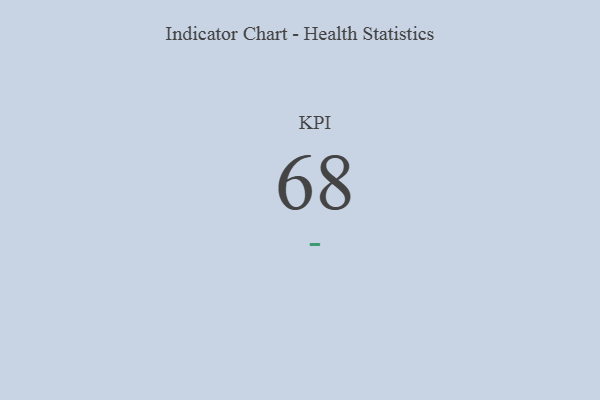
{"axis": {"x": "KPI", "y": "Value"}, "legend": [""], "data": [{"x": "KPI", "y": 68, "type": ""}]}